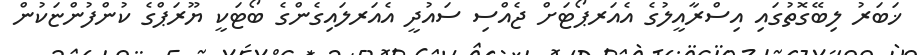
ޚަބަރު ލިބޭގޮތުގައި އިސްރާއީލުގެ އެއަރޕޯޓަށް ޖެއްސި ސައުދީ އެއަރލައިގެންގެ ބޯޓަކީ ޔޫރަޕްގެ ކުންފުންޏަކުން